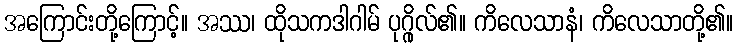
အကြောင်းတို့ကြောင့်။ အဿ၊ ထိုသကဒါဂါမ် ပုဂ္ဂိုလ်၏။ ကိလေသာနံ၊ ကိလေသာတို့၏။